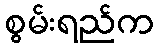
စွမ်းရည်က